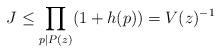
LaTeX: \begin{align*} J\le \prod_{p|P(z)}(1+h(p))=V(z)^{-1} \end{align*}